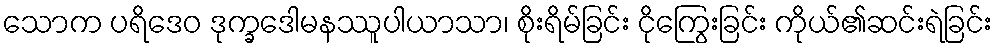
သောက ပရိဒေဝ ဒုက္ခဒေါမနဿူပါယာသာ၊ စိုးရိမ်ခြင်း ငိုကြွေးခြင်း ကိုယ်၏ဆင်းရဲခြင်း